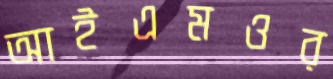
আইএমওর